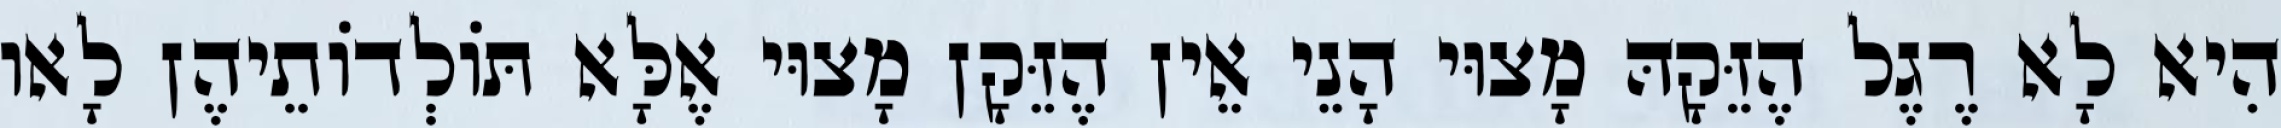
הִיא לָא רֶגֶל הֶזֵּקָהּ מָצוּי הָנֵי אֵין הֶזֵּקָן מָצוּי אֶלָּא תּוֹלְדוֹתֵיהֶן לָאו